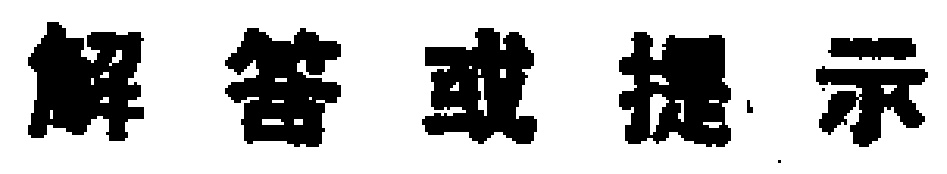
解答或提示